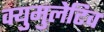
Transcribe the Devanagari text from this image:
क्युमुलेटिव